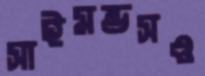
সাইমন্ডসও